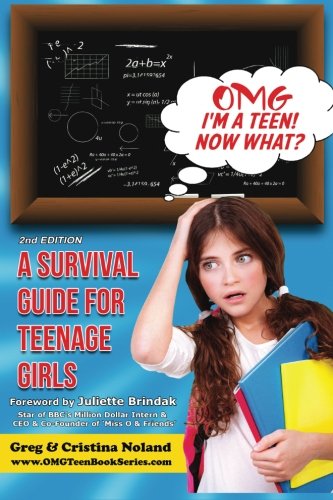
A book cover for OMG I'm a Teen! Now What?: A Survival Guide for Teenage Girls (OMG Teen Book Series) (Volume 1); Greg Noland; Health, Fitness & Dieting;